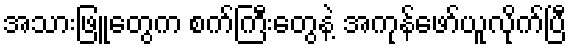
အသားဖြူတွေက စက်ကြီးတွေနဲ့ အကုန်ဖော်ယူလိုက်ပြီ